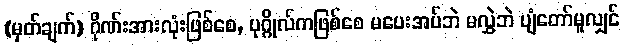
(မှတ်ချက်) ဂိုဏ်းအားလုံးဖြစ်စေ, ပုဂ္ဂိုလ်ကဖြစ်စေ မပေးအပ်ဘဲ မလွှဲဘဲ ပျံတော်မူလျှင်